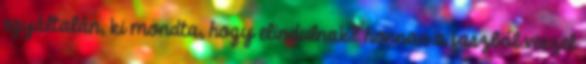
egyáltalán, ki mondta, hogy elindulnak? honnan a faszból veszel